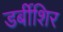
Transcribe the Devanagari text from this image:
डर्बीशिर